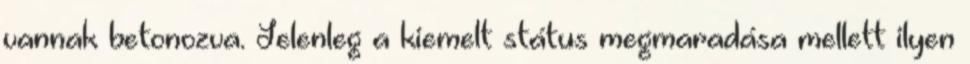
vannak betonozva. Jelenleg a kiemelt státus megmaradása mellett ilyen